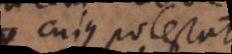
cujus potestate